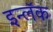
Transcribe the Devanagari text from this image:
इन्लॅक